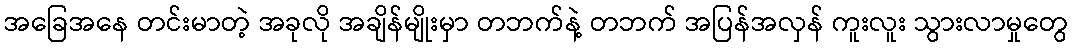
အခြေအနေ တင်းမာတဲ့ အခုလို အချိန်မျိုးမှာ တဘက်နဲ့ တဘက် အပြန်အလှန် ကူးလူး သွားလာမှုတွေ